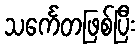
သင်္ကေတဖြစ်ပြီး